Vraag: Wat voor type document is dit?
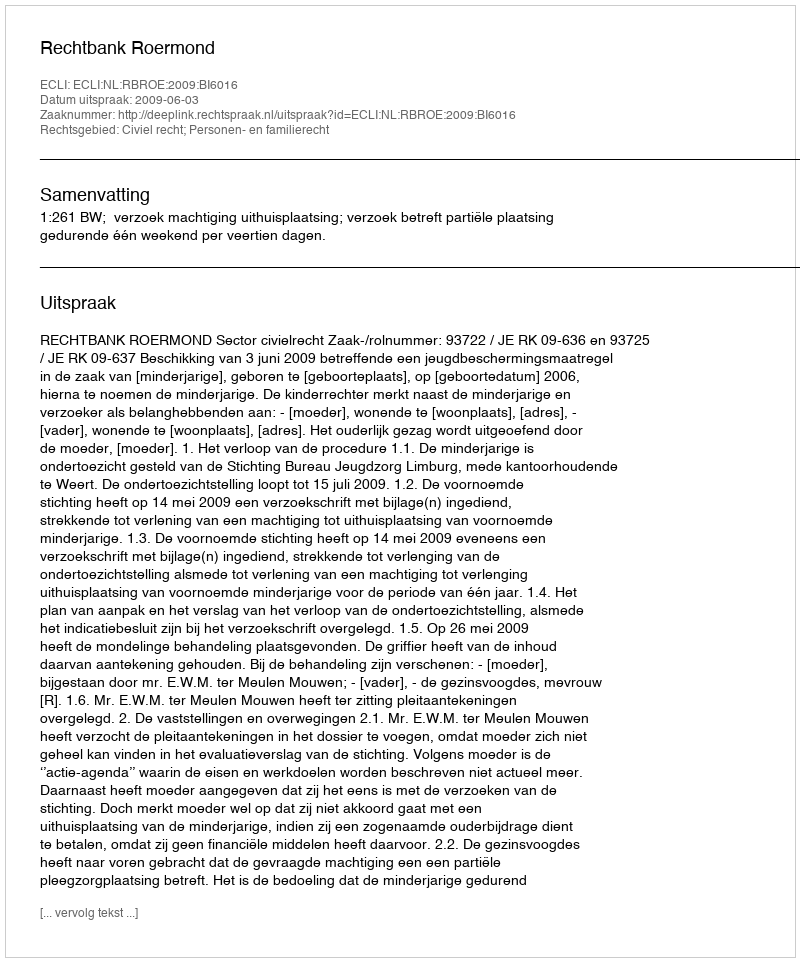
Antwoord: Uitspraak